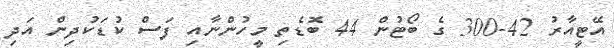
އޭޓީއާރު 42-300 ގެ ބޯޓުން 44 ބޮޑެތި މީހުންނާއި ފަސް ކުޑަކުދިން އަދި